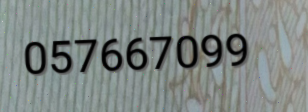
057667099